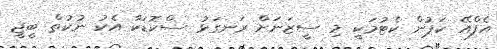
އެފްއޭ ކަޕުން ކެޓުމަކީ މި ސީޒަނަށް ރަނގަޅު ސްކޮޑަކާ އެކު ނުކުތް ބީޖީ